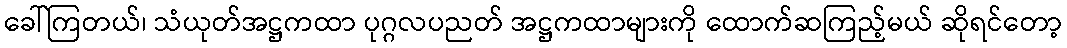
ခေါ်ကြတယ်၊ သံယုတ်အဋ္ဌကထာ ပုဂ္ဂလပညတ် အဋ္ဌကထာများကို ထောက်ဆကြည့်မယ် ဆိုရင်တော့